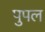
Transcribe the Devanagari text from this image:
पुपल